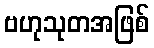
ဗဟုသုတအဖြစ်